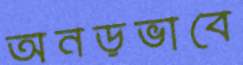
অনড়ভাবে